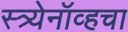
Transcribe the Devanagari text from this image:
स्त्र्येनॉव्हचा